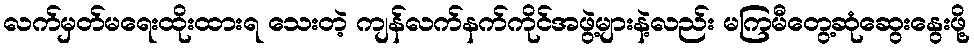
လက်မှတ်မရေးထိုးထားရ သေးတဲ့ ကျန်လက်နက်ကိုင်အဖွဲ့များနဲ့လည်း မကြမီတွေ့ဆုံဆွေးနွေးဖို့